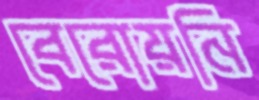
বেরোয়নি